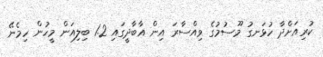
ކުރިއަށްދާ ހުޅަނގު މޫސުމުގެ ވިއްސާރަ އިން އާބާދީގައި 1.2 ބިލިއަން މީހުން ހިމެނޭ